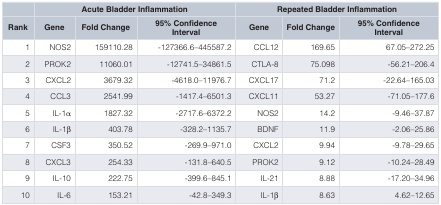
<table><thead><tr><td></td><td colspan="3"><b>Acute Bladder Inflammation</b></td><td colspan="3"><b>Repeated Bladder Inflammation</b></td></tr><tr><td><b>Rank</b></td><td><b>Gene</b></td><td><b>Fold Change</b></td><td><b>95% ConfidenceInterval</b></td><td><b>Gene</b></td><td><b>Fold Change</b></td><td><b>95% ConfidenceInterval</b></td></tr></thead><tbody><tr><td>1</td><td>NOS2</td><td>159110.28</td><td>-127366.6–445587.2</td><td>CCL12</td><td>169.65</td><td>67.05–272.25</td></tr><tr><td>2</td><td>PROK2</td><td>11060.01</td><td>-12741.5–34861.5</td><td>CTLA-8</td><td>75.098</td><td>-56.21–206.4</td></tr><tr><td>3</td><td>CXCL2</td><td>3679.32</td><td>-4618.0–11976.7</td><td>CXCL17</td><td>71.2</td><td>-22.64–165.03</td></tr><tr><td>4</td><td>CCL3</td><td>2541.99</td><td>-1417.4–6501.3</td><td>CXCL11</td><td>53.27</td><td>-71.05–177.6</td></tr><tr><td>5</td><td>IL-1α</td><td>1827.32</td><td>-2717.6–6372.2</td><td>NOS2</td><td>14.2</td><td>-9.46–37.87</td></tr><tr><td>6</td><td>IL-1β</td><td>403.78</td><td>-328.2–1135.7</td><td>BDNF</td><td>11.9</td><td>-2.06–25.86</td></tr><tr><td>7</td><td> CSF3</td><td>350.52</td><td>-269.9–971.0</td><td>CXCL2</td><td>9.94</td><td>-9.78–29.65</td></tr><tr><td>8</td><td>CXCL3</td><td>254.33</td><td>-131.8–640.5</td><td>PROK2</td><td>9.12</td><td>-10.24–28.49</td></tr><tr><td>9</td><td>IL-10</td><td>222.75</td><td>-399.6–845.1</td><td>IL-21</td><td>8.88</td><td>-17.20–34.96</td></tr><tr><td>10</td><td>IL-6</td><td>153.21</td><td>-42.8–349.3</td><td>IL-1β</td><td>8.63</td><td>4.62–12.65</td></tr></tbody></table>